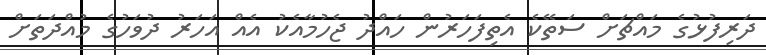
ދަރިފުޅުގެ މައްޗަށް ސަތޭކެ އެތިފަހަރުން ހައްދު ޖެހުމާއެކު އެއް އަހަރު ދުވަހުގެ މުއްދަތަށް